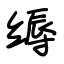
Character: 缛